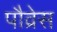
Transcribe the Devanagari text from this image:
पौव्रेस